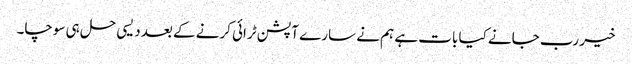
خیر رب جانے کیا بات ہے ہم نے سارے آپشن ٹرائی کرنے کے بعد دیسی حل ہی سوچا۔